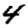
Digit: 4